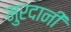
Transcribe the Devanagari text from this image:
मुरदानी